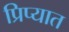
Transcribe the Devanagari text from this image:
प्रिप्यात